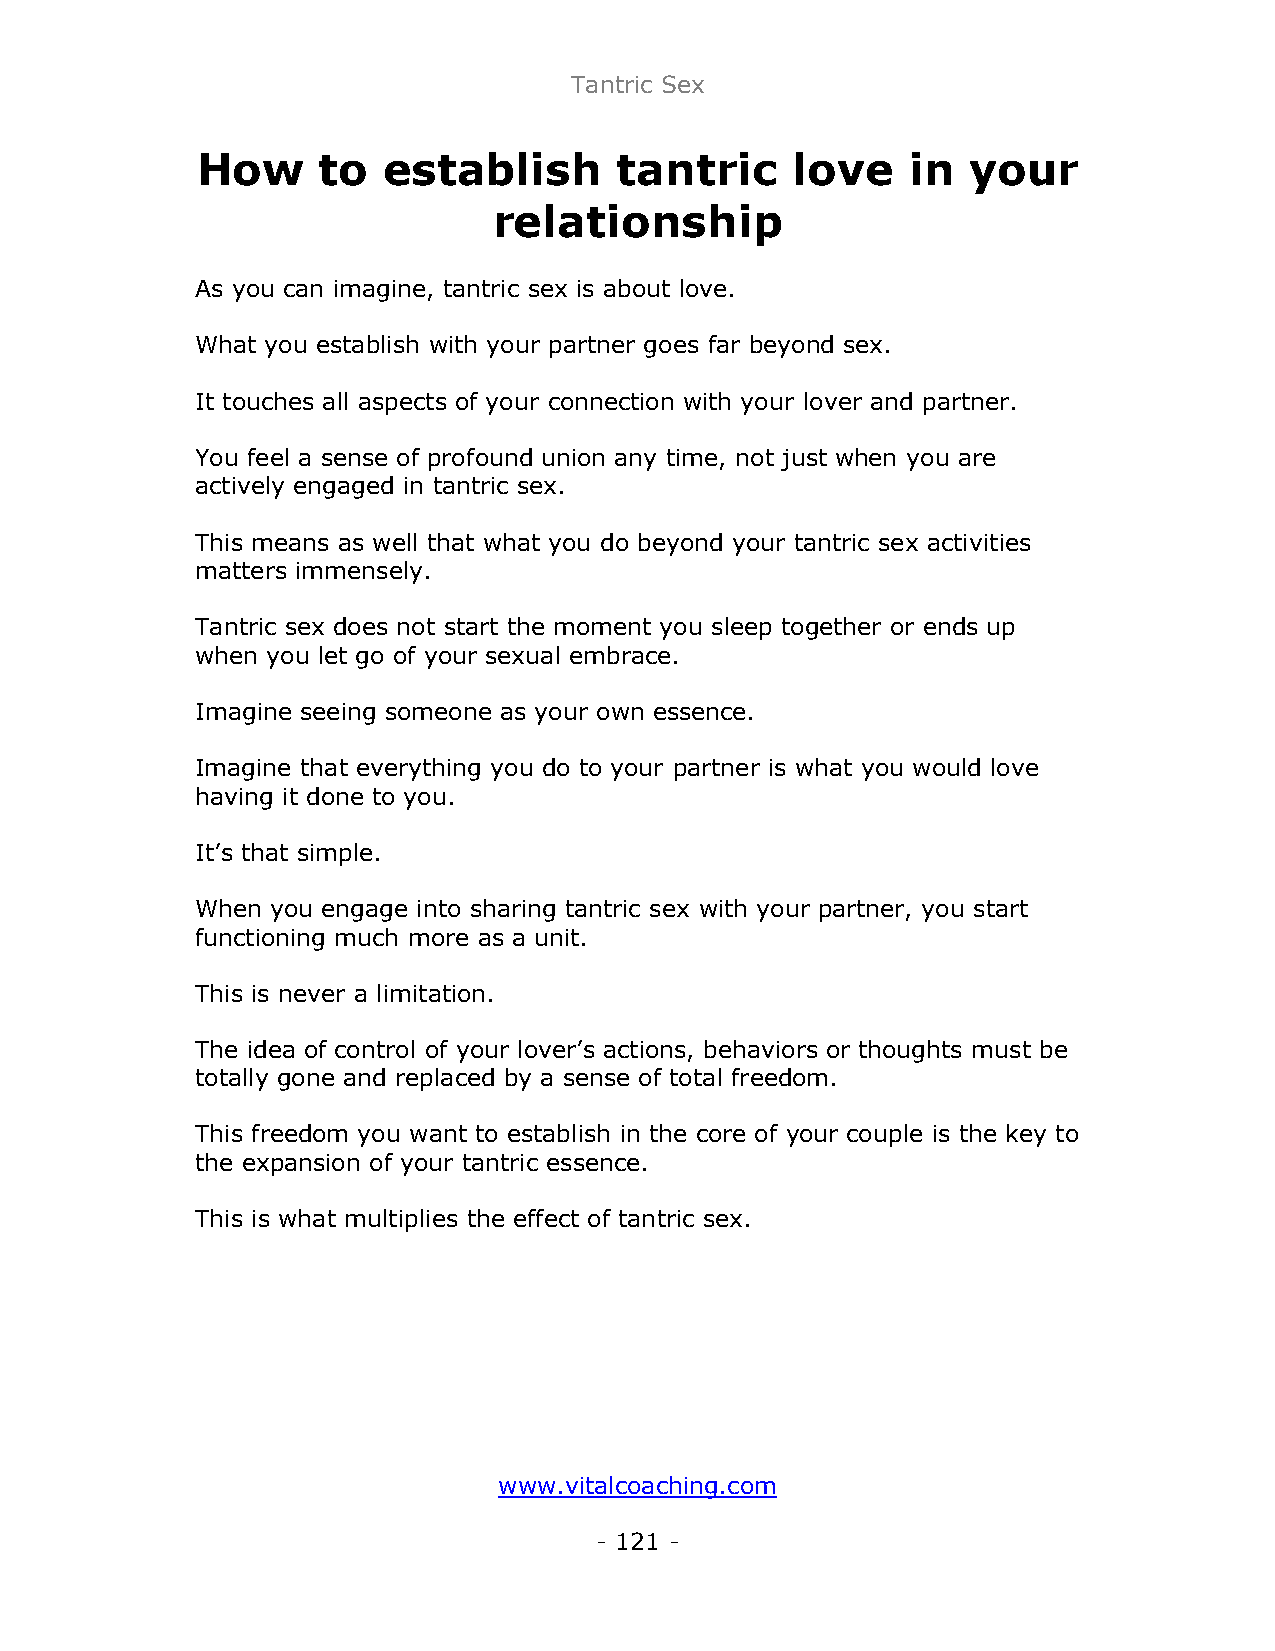
Tantric Sex
 How     to  establish       tantric    love    in  your
 relationship
 As you can imagine, tantric sex is about love.
 What you establish with your partner goes far beyond sex.
 It touches all aspects of your connection with your lover and partner.
 You feel a sense of profound union any time, not just when you are
 actively engaged in tantric sex.
 This means as well that what you do beyond your tantric sex activities
 matters immensely.
 Tantric sex does not start the moment you sleep together or ends up
 when you let go of your sexual embrace.
 Imagine seeing someone as your own essence.
 Imagine that everything you do to your partner is what you would love
 having it done to you.
 It’s that simple.
 When you engage into sharing tantric sex with your partner, you start
 functioning much more as a unit.
 This is never a limitation.
 The idea of control of your lover’s actions, behaviors or thoughts must be
 totally gone and replaced by a sense of total freedom.
 This freedom you want to establish in the core of your couple is the key to
 the expansion of your tantric essence.
 This is what multiplies the effect of tantric sex.
 www.vitalcoaching.com
 - 121 -